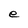
Character: e